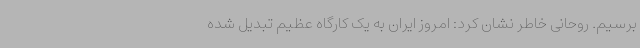
برسیم. روحانی خاطر نشان کرد: امروز ایران به یک کارگاه عظیم تبدیل شده